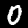
Digit: 0